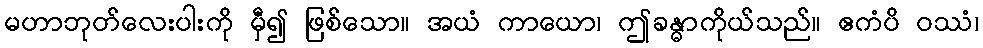
မဟာဘုတ်လေးပါးကို မှီ၍ ဖြစ်သော။ အယံ ကာယော၊ ဤခန္ဓာကိုယ်သည်။ ဧကံပိ ဝဿံ၊